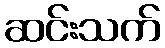
ဆင်းသက်